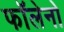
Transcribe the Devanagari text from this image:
फॉलेनो